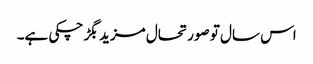
اس سال تو صورتحال مزید بگڑ چکی ہے۔